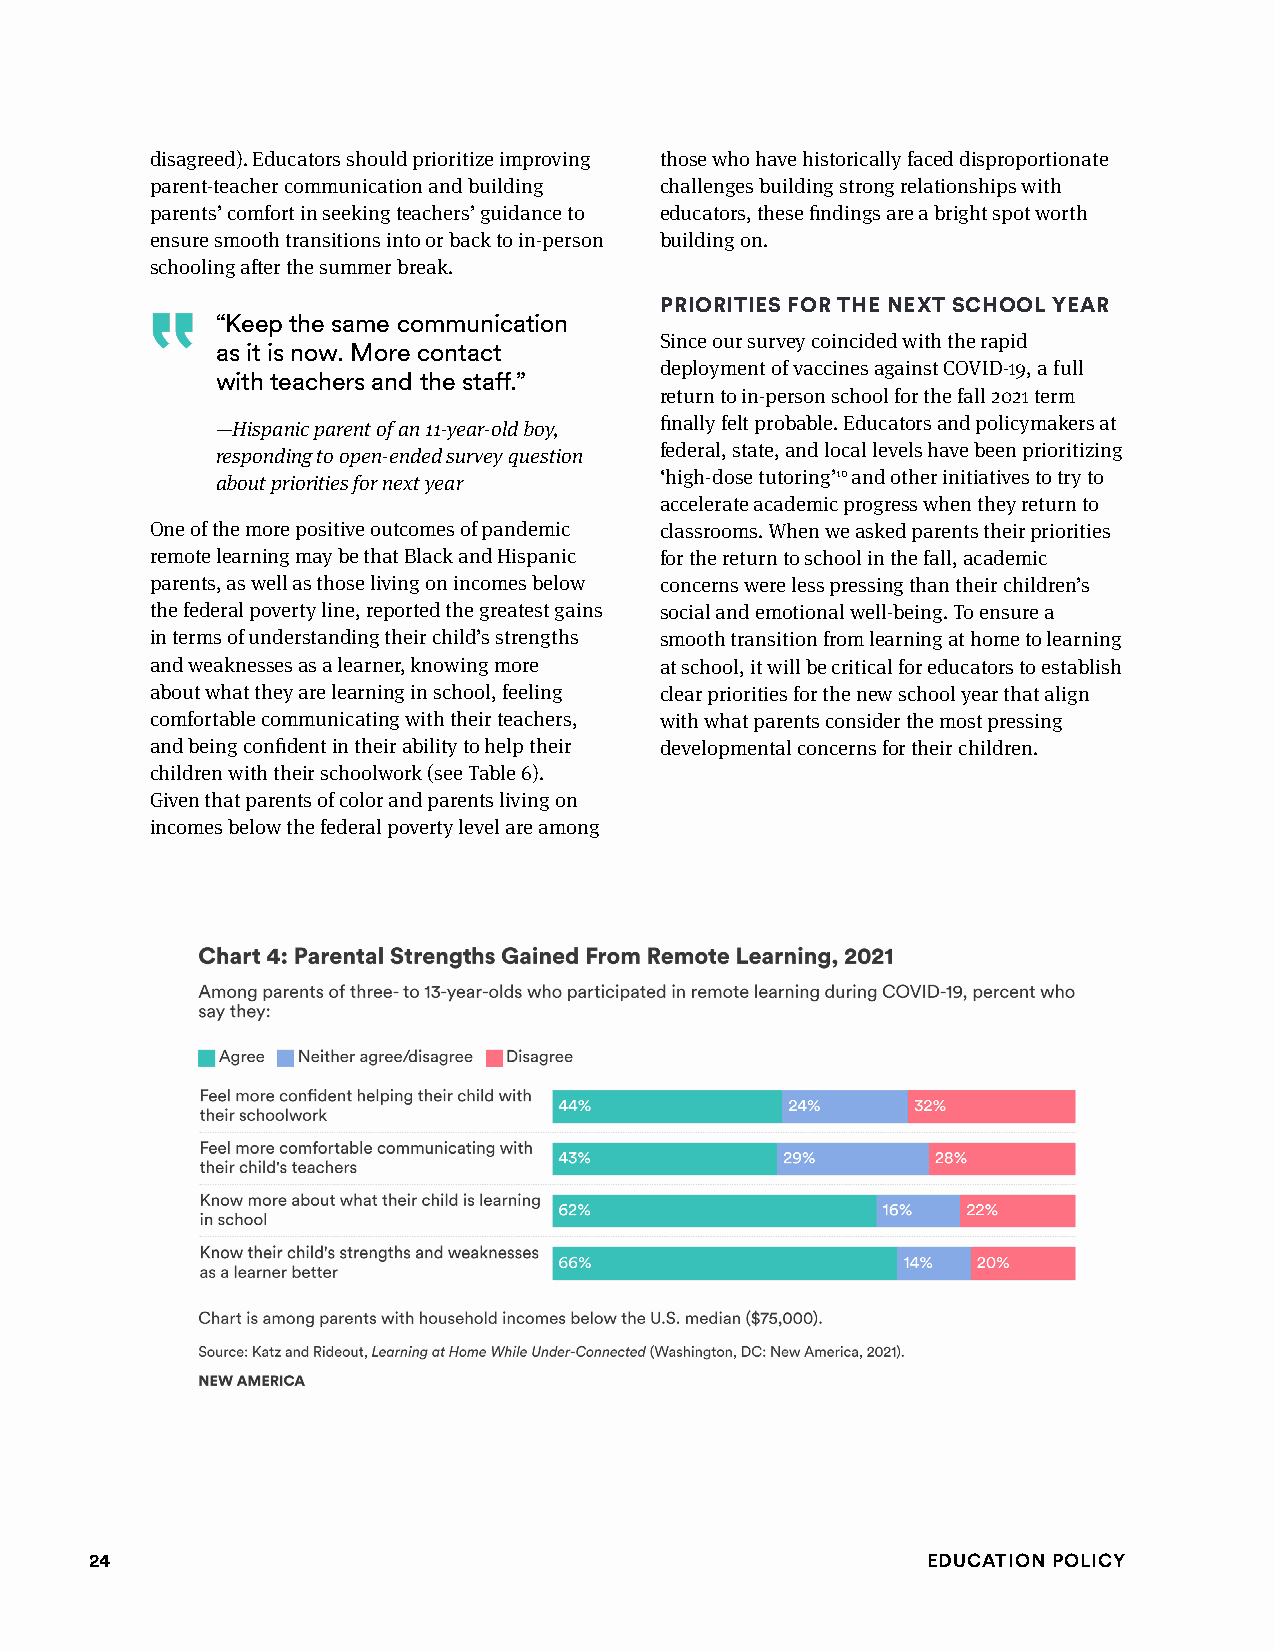
disagreed). Educators should prioritize improving those who have historically faced disproportionate
 parent-teacher communication and building challenges building strong relationships with
 parents’ comfort in seeking teachers’ guidance to educators, these findings are a bright spot worth
 ensure smooth transitions into or back to in-person building on.
 schooling after the summer break.
 PRiORiTiEs f OR ThE nExT sChOOl yEAR
 “Keep the same communication
 Since our survey coincided with the rapid
 as it is now. More contact
 deployment of vaccines against COVID-19, a full
 with teachers and the staff.”
 return to in-person school for the fall 2021 term
 —Hispanic parent of an 11-year-old boy, finally felt probable. Educators and policymakers at
 responding to open-ended survey question federal, state, and local levels have been prioritizing
 about priorities for next year ‘high-dose tutoring’10 and other initiatives to try to
 accelerate academic progress when they return to
 One of the more positive outcomes of pandemic classrooms. When we asked parents their priorities
 remote learning may be that Black and Hispanic for the return to school in the fall, academic
 parents, as well as those living on incomes below concerns were less pressing than their children’s
 the federal poverty line, reported the greatest gains social and emotional well-being. To ensure a
 in terms of understanding their child’s strengths smooth transition from learning at home to learning
 and weaknesses as a learner, knowing more at school, it will be critical for educators to establish
 about what they are learning in school, feeling clear priorities for the new school year that align
 comfortable communicating with their teachers, with what parents consider the most pressing
 and being confident in their ability to help their developmental concerns for their children.
 children with their schoolwork (see Table 6).
 Given that parents of color and parents living on
 incomes below the federal poverty level are among
 24                                                     Education Policy